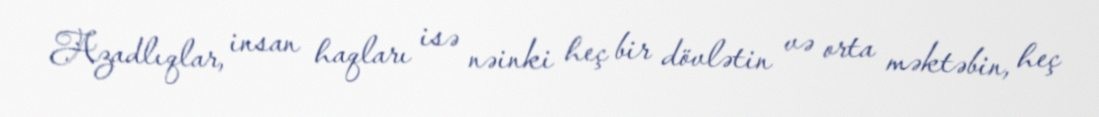
Azadlıqlar, insan haqları isə nəinki heç bir dövlətin və orta məktəbin, heç